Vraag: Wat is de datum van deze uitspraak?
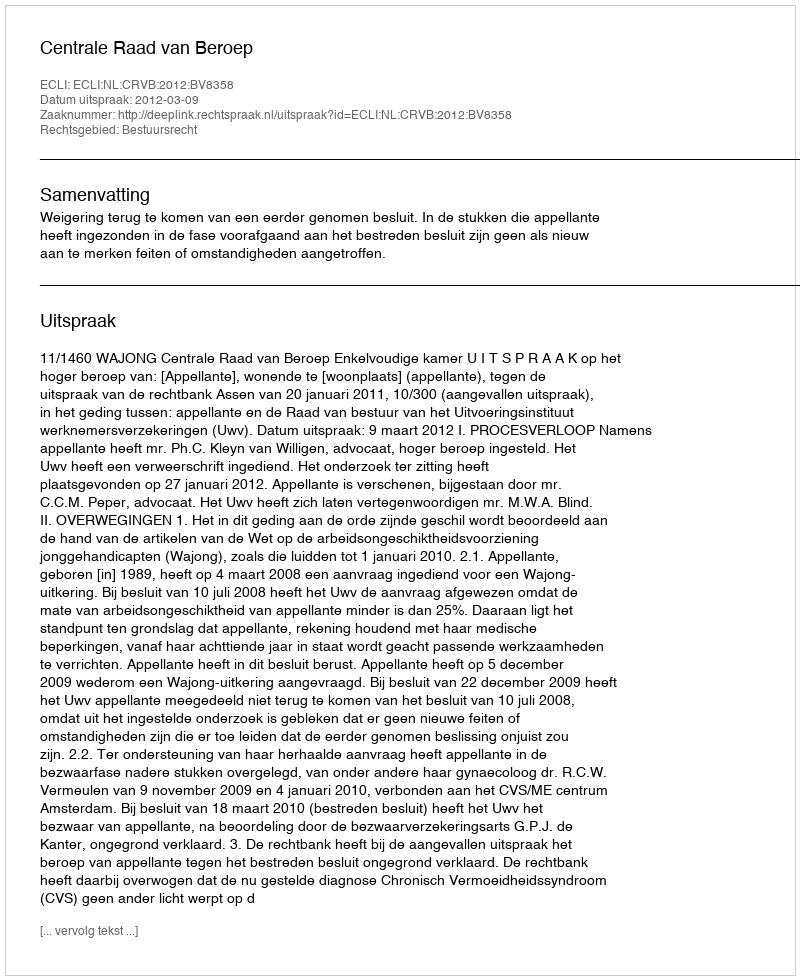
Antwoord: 2012-03-09